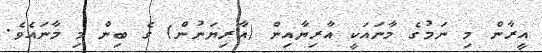
އީރާން މި ނަމުގެ މާނައަކީ އާރިޔާއިިން (އާރިޔަނުން) ގެ ބިން މި މާނައެވެ.